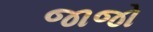
જાજો